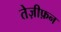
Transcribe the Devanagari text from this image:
तेज़ीफ़न